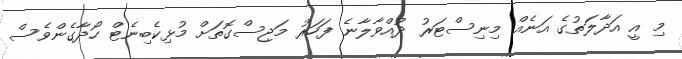
މި އީ އަދާލަތުގެ އަނެއް މިނިސްޓަރު ދުއްވާލާނެ ފަހަރު މަޖިސްގޮތަށް މުޅިކެބިނެޓް ހޯދާގެންވެސް